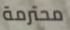
محترمة